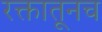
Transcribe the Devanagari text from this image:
रक्तातूनच